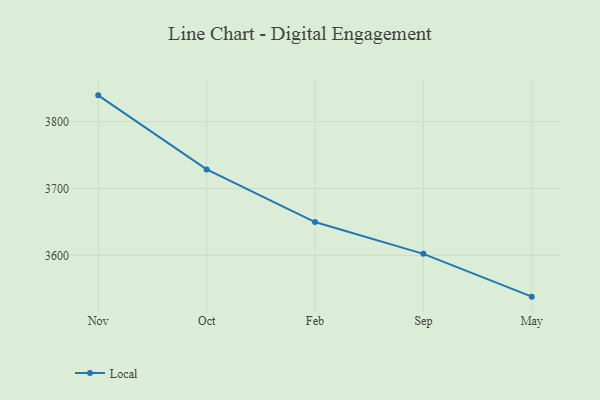
{"axis": {"x": "Month", "y": "Humidity (%)"}, "legend": ["Local"], "data": [{"x": "Nov", "y": 3839.3, "type": "Local"}, {"x": "Oct", "y": 3728.5, "type": "Local"}, {"x": "Feb", "y": 3649.8, "type": "Local"}, {"x": "Sep", "y": 3602.3, "type": "Local"}, {"x": "May", "y": 3538.3, "type": "Local"}]}